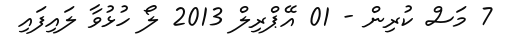
7 މަސް ކުރިން - 01 އޭޕްރިލް 2013 ލޯ ހުޅުވާ ލައިފައި